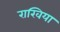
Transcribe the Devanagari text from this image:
राखिया